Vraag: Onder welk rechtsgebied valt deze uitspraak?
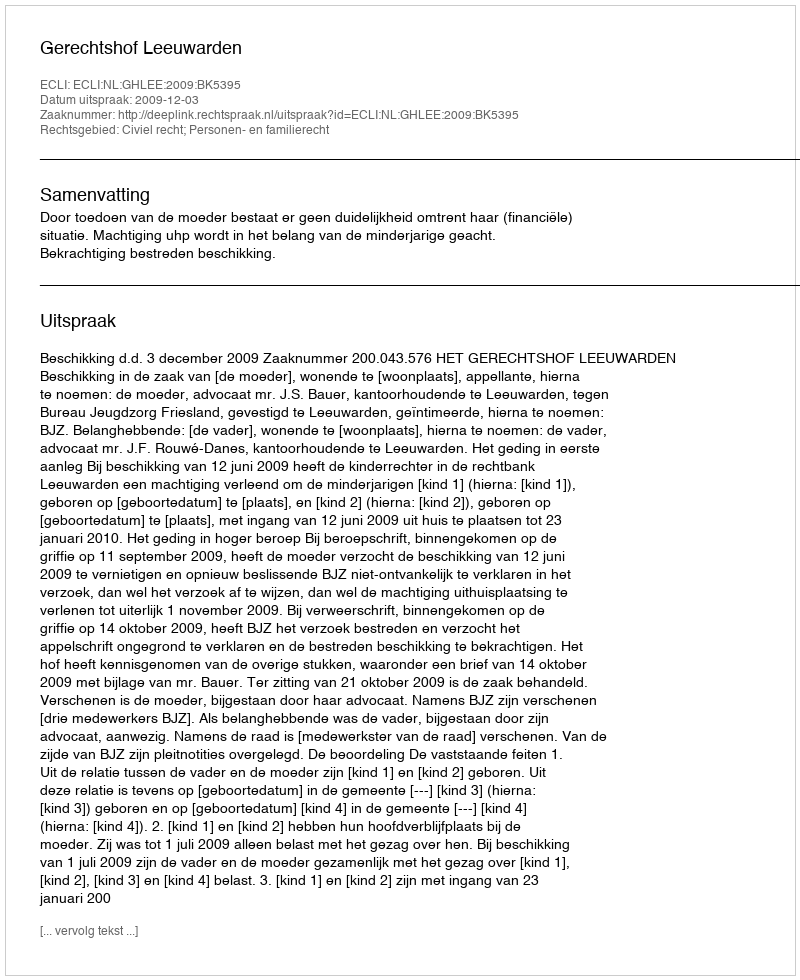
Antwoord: Civiel recht; Personen- en familierecht